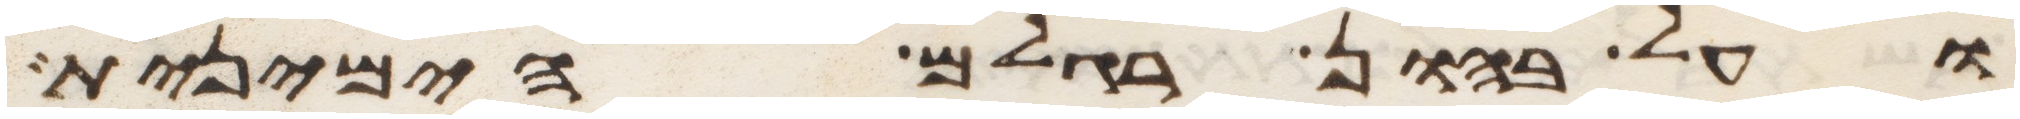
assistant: ועל בהון רגלם הימנית